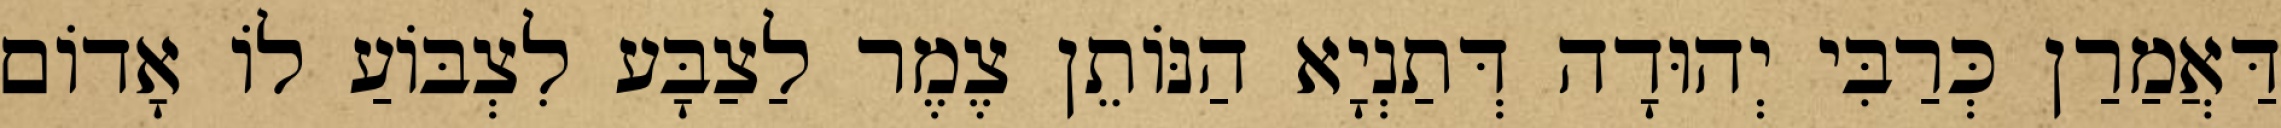
דַּאֲמַרַן כְּרַבִּי יְהוּדָה דְּתַנְיָא הַנּוֹתֵן צֶמֶר לַצַבָּע לִצְבּוֹעַ לוֹ אָדוֹם